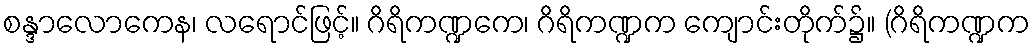
စန္ဒာလောကေန၊ လရောင်ဖြင့်။ ဂိရိကဏ္ဍကေ၊ ဂိရိကဏ္ဍက ကျောင်းတိုက်၌။ (ဂိရိကဏ္ဍက